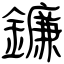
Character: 鐮